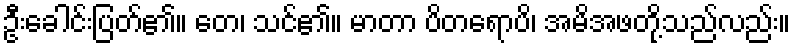
ဦးခေါင်းပြတ်၏။ တေ၊ သင်၏။ မာတာ ပိတရောပိ၊ အမိအဖတို့သည်လည်း။